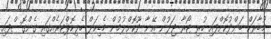
މުބާރަކް ބަންދުކޮށްފައި ހުރި ޓޯރާ ޖަލުން އޭނާ ދޫކޮށްލުމުން މެޑިކަލް ހެލިކޮޕްޓަރެއްގައި ގެންގޮސްފައި